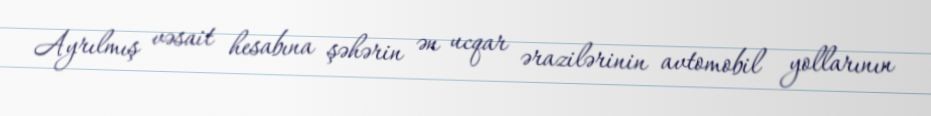
Ayrılmış vəsait hesabına şəhərin ən ucqar ərazilərinin avtomobil yollarının